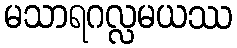
မသာရဂလ္လမယဿ